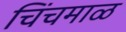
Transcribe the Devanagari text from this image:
चिंचमाळ